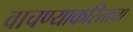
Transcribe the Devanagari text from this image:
वाचण्याकरिताचा